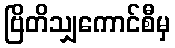
ဗြိတိသျှကောင်စီမှ